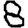
Digit: 8